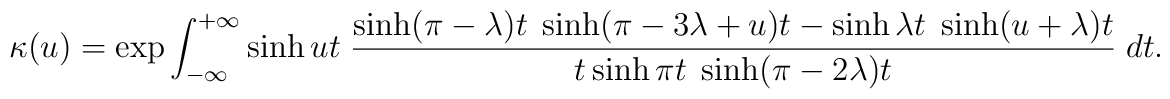
\kappa (u)=\exp\int_{-\infty}^{+\infty}\sinh u t\;        \frac{        \sinh (\pi-\lambda)t\;        \sinh (\pi-3\lambda+u)t-\sinh\lambda t\;        \sinh (u+\lambda)t}        {t\sinh\pi t\;        \sinh (\pi-2\lambda)t}\;        dt.